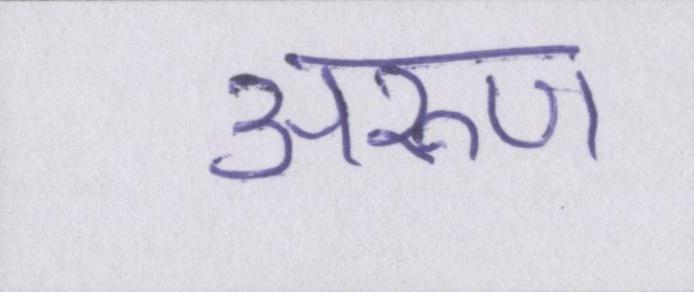
अरुण